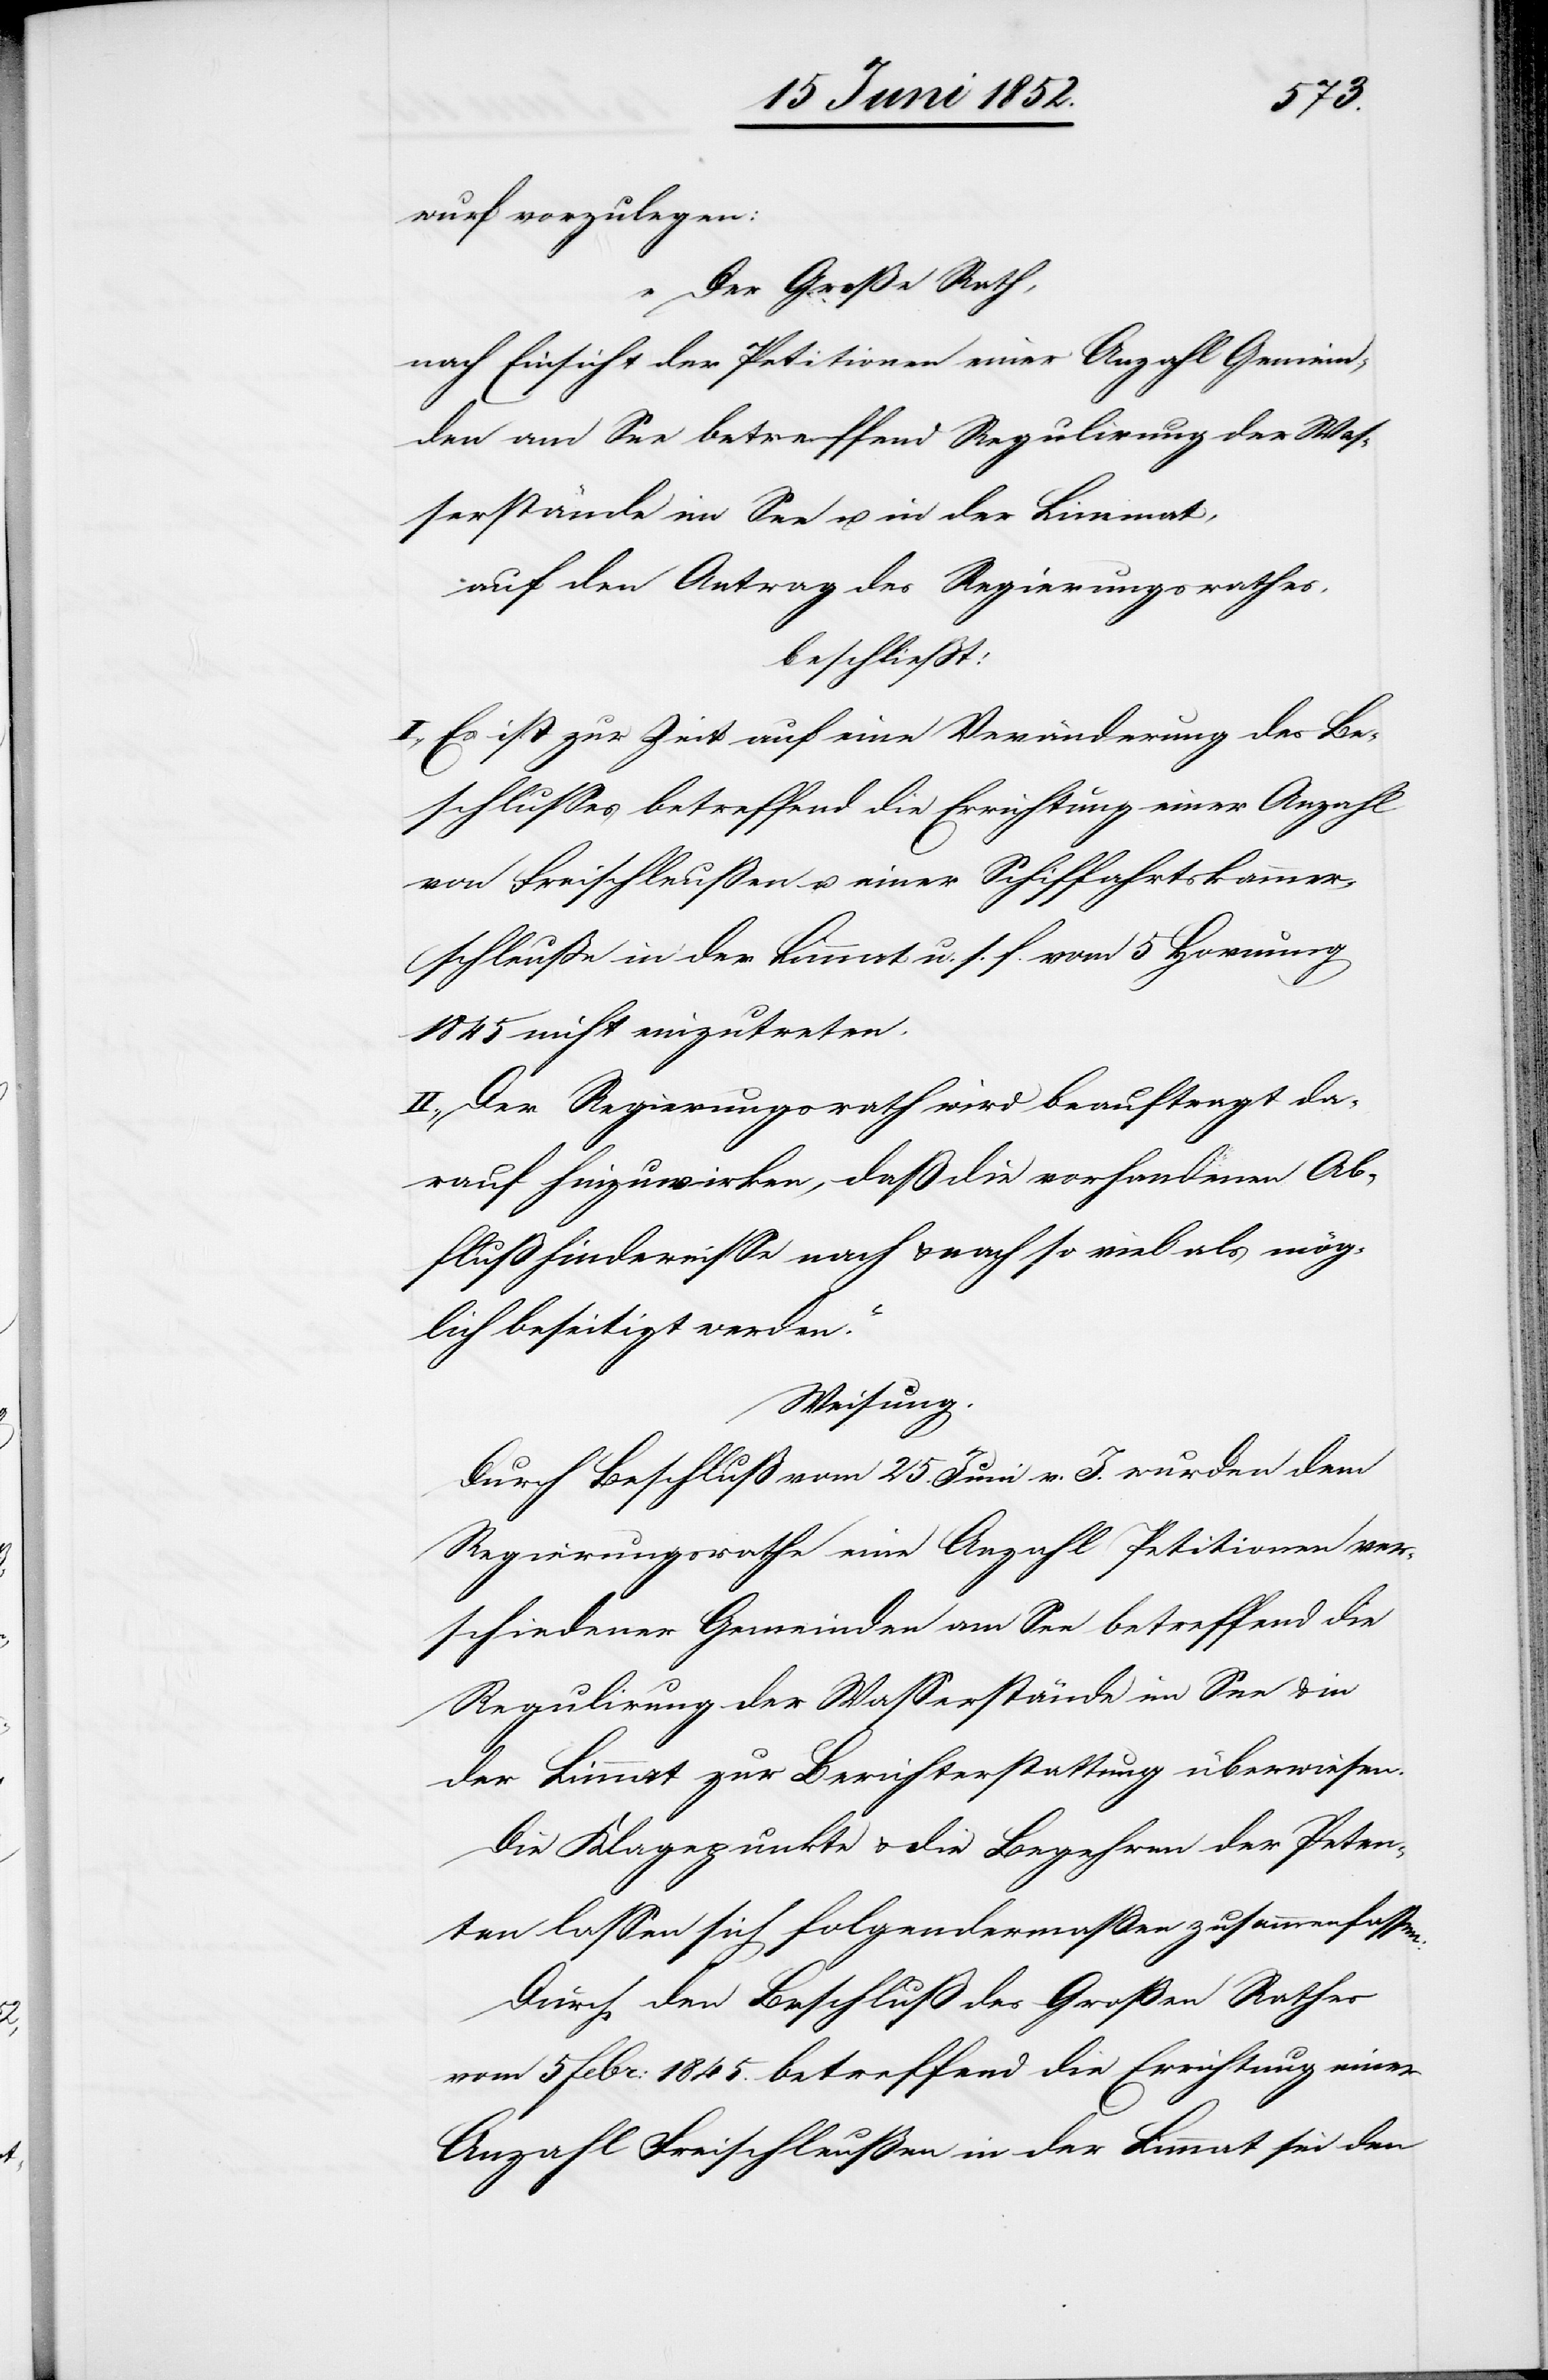
wurf vorzulegen:
„Der Große Rath,
nach Einsicht der Petitionen einer Anzahl Gemein¬
den am See betreffend Regulirung der Was¬
serstände im See u. in der Limmat,
auf den Antrag des Regierungsrathes,
beschliesst:
I., Es ist zur Zeit auf eine Veränderung des Be¬
schlusses betreffend die Errichtung einer Anzahl
von Freischleußen u. einer Schiffahrtskammer¬
schleusse in der Limmat u. s. f. vom 5 Hornung
1845 nicht einzutreten.
II., Der Regierungsrath wird beauftragt da¬
rauf hinzuwirken, daß die vorhandenen Ab¬
flußhindernisse nach & nach so viel als mög¬
lich beseitigt werden.“
Weisung.
Durch Beschluß vom 25. Juni v. J. wurden dem
Regierungsrathe eine Anzahl Petitionen ver¬
schiedener Gemeinden am See betreffend die
Regulirung der Wasserstände im See & in
der Limmat zur Berichterstattung überwiesen.
Die Klagepunkte & die Begehren der Peten¬
ten lassen sich folgendermaßen zusammenfassen:
Durch den Beschluß des Großen Rathes
vom 5 Febr: 1845. betreffend die Errichtung einer
Anzahl Freischleußen in der Limmat sei den